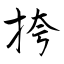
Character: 挎